Annual administration report of the Civil Veterinary Department of India - 1898-1899
Year: 1898
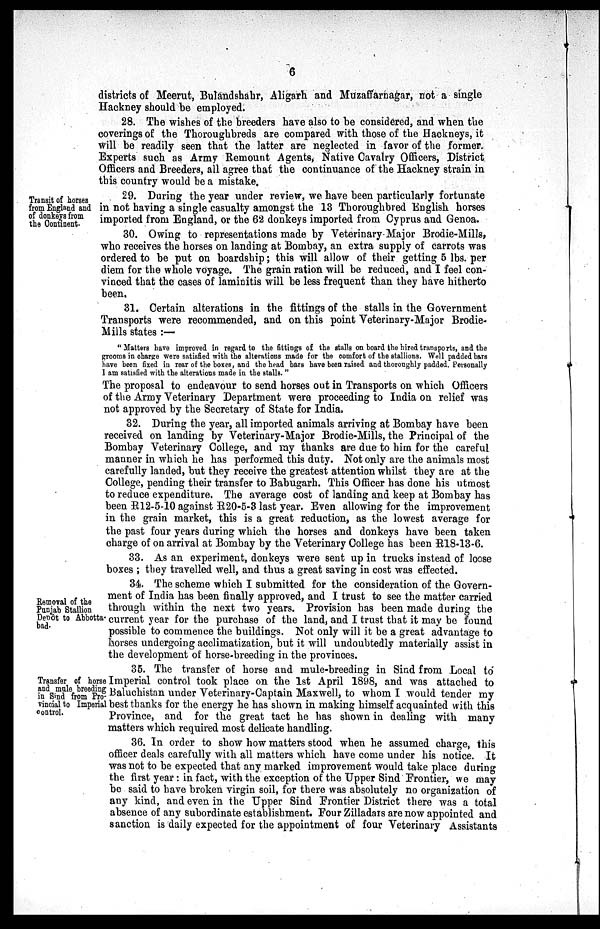
6
districts of Meerut, Bulandshahr, Aligarh and Muzaffarnagar, not a single
Hackney should be employed.
28. The wishes of the breeders have also to be considered, and when the
coverings of the Thoroughbreds are compared with those of the Hackneys, it
will be readily seen that the latter are neglected in favor of the former.
Experts such as Army Remount Agents, Native Cavalry Officers, District
Officers and Breeders, all agree that the continuance of the Hackney strain in
this country would be a mistake.
Transit of horses
from England and
of donkeys from
the Continent.
29. During the year under review, we have been particularly fortunate
in not having a single casualty amongst the 13 Thoroughbred English horses
imported from England, or the 62 donkeys imported from Cyprus and Genoa.
30. Owing to representations made by Veterinary Major Brodie-Mills,
who receives the horses on landing at Bombay, an extra supply of carrots was
ordered to be put on boardship; this will allow of their getting 5 lbs. per
diem for the whole voyage. The grain ration will be reduced, and I feel con-
vinced that the cases of laminitis will be less frequent than they have hitherto
been.
31. Certain alterations in the fittings of the stalls in the Government
Transports were recommended, and on this point Veterinary-Major Brodie-
Mills states:—
"Matters have improved in regard to the fittings of the stalls on board the hired transports, and the
grooms in charge were satisfied with the alterations made for the comfort of the stallions. Well padded bars
have been fixed in rear of the boxes, and the head bars have been raised and thoroughly padded. Personally
I am satisfied with the alterations made in the stalls."
The proposal to endeavour to send horses out in Transports on which Officers
of the Army Veterinary Department were proceeding to India on relief was
not approved by the Secretary of State for India.
32. During the year, all imported animals arriving at Bombay have been
received on landing by Veterinary-Major Brodie-Mills, the Principal of the
Bombay Veterinary College, and my thanks are due to him for the careful
manner in which he has performed this duty. Not only are the animals most
carefully landed, but they receive the greatest attention whilst they are at the
College, pending their transfer to Babugarh. This Officer has done his utmost
to reduce expenditure. The average cost of landing and keep at Bombay has
been R12-5-10 against R20-5-3 last year. Even allowing for the improvement
in the grain market, this is a great reduction, as the lowest average for
the past four years during which the horses and donkeys have been taken
charge of on arrival at Bombay by the Veterinary College has been R18-13-6.
33. As an experiment, donkeys were sent up in trucks instead of loose
boxes; they travelled well, and thus a great saving in cost was effected.
Removal of the
Punjab Stallion
Depôt to Abbotta-
bad.
34. The scheme which I submitted for the consideration of the Govern-
ment of India has been finally approved, and I trust to see the matter carried
through within the next two years. Provision has been made during the
current year for the purchase of the land, and I trust that it may be found
possible to commence the buildings. Not only will it be a great advantage to
horses undergoing acclimatization, but it will undoubtedly materially assist in
the development of horse-breeding in the provinces.
Transfer of horse
and mule breeding
in Sind from Pro-
vincial to Imperial
control.
35. The transfer of horse and mule-breeding in Sind from Local to
Imperial control took place on the 1st April 1898, and was attached to
Baluchistan under Veterinary-Captain Maxwell, to whom I would tender my
best thanks for the energy he has shown in making himself acquainted with this
Province, and for the great tact he has shown in dealing with many
matters which required most delicate handling.
36. In order to show how matters stood when he assumed charge, this
officer deals carefully with all matters which have come under his notice. It
was not to be expected that any marked improvement would take place during
the first year: in fact, with the exception of the Upper Sind Frontier, we may
be said to have broken virgin soil, for there was absolutely no organization of
any kind, and even in the Upper Sind Frontier District there was a total
absence of any subordinate establishment. Four Zilladars are now appointed and
sanction is daily expected for the appointment of four Veterinary Assistants